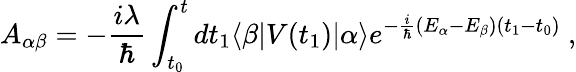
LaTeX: A_{\alpha\beta}=-{\frac{i\lambda}{\hbar}}\int_{t_{0}}^{t}dt_{1}\langle\beta|V(t_{1})|\alpha\rangle e^{-{\frac{i}{\hbar}}(E_{\alpha}-E_{\beta})(t_{1}-t_{0})}~,